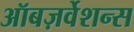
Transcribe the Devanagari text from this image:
ऑबज़र्वेशन्स